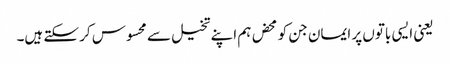
یعنی ایسی باتوں پر ایمان جن کو محض ہم اپنے تخیل سے محسوس کر سکتے ہیں۔